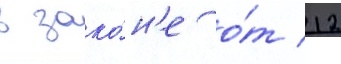
в зако́н'е о́т 12